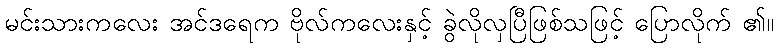
မင်းသားကလေး အင်ဒရေက ဗိုလ်ကလေးနှင့် ခွဲလိုလှပြီဖြစ်သဖြင့် ပြောလိုက် ၏။